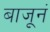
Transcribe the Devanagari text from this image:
बाजूनं